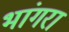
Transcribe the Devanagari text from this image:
भांगरा